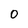
Character: 0